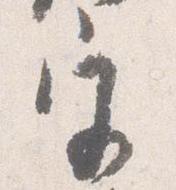
宮